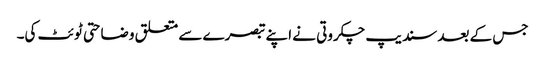
جس کے بعد سندیپ چکروتی نے اپنے تبصرے سے متعلق وضاحتی ٹوئٹ کی۔